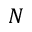
N